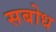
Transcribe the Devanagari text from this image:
सबोध